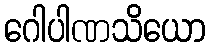
ဂေါပါဏသိယော